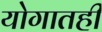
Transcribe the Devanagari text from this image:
योगातही